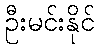
ဦးမင်းနိုင်